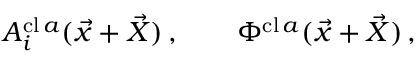
A _ { i } ^ { \mathrm { c l } \, a } ( \vec { x } + \vec { X } ) \, , \qquad \Phi ^ { \mathrm { c l } \, a } ( \vec { x } + \vec { X } ) \, ,